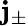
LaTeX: \mathbf{j}_{\pm}